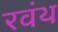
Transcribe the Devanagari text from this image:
रवंथ